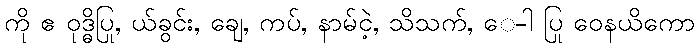
ကို ဧ ဝုဒ္ဓိပြု, ယ်ခွင်း, ချေ, ကပ်, နာမ်ငဲ့, သိသက်, ေ-ါ ပြု ဝေနယိကော